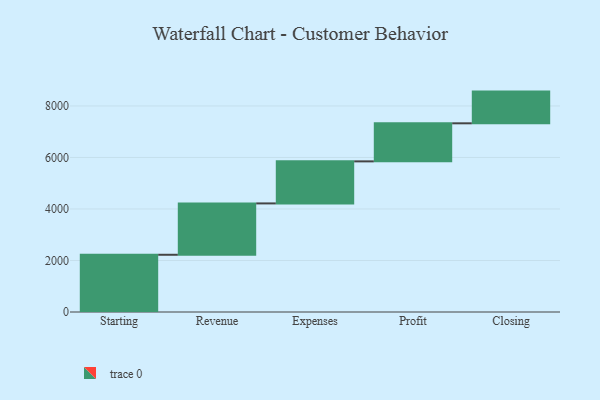
{"axis": {"x": "Step", "y": "Value"}, "legend": [""], "data": [{"x": "Starting", "y": 2222.0, "type": ""}, {"x": "Revenue", "y": 1994.0, "type": ""}, {"x": "Expenses", "y": 1632.0, "type": ""}, {"x": "Profit", "y": 1478.0, "type": ""}, {"x": "Closing", "y": 1231.0, "type": ""}]}